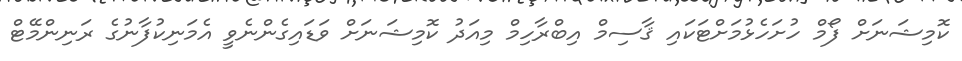
ކޮމިޝަނަށް ފޯމް ހުށަހެޅުމަށްޓަކައި ޤާސިމް އިބްރާހިމް މިއަދު ކޮމިޝަނަށް ވަޑައިގެންނެވީ އެމަނިކުފާނުގެ ރަނިންމޭޓް